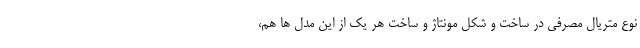
نوع متریال مصرفی در ساخت و شکل مونتاژ و ساخت هر یک از این مدل ها هم،